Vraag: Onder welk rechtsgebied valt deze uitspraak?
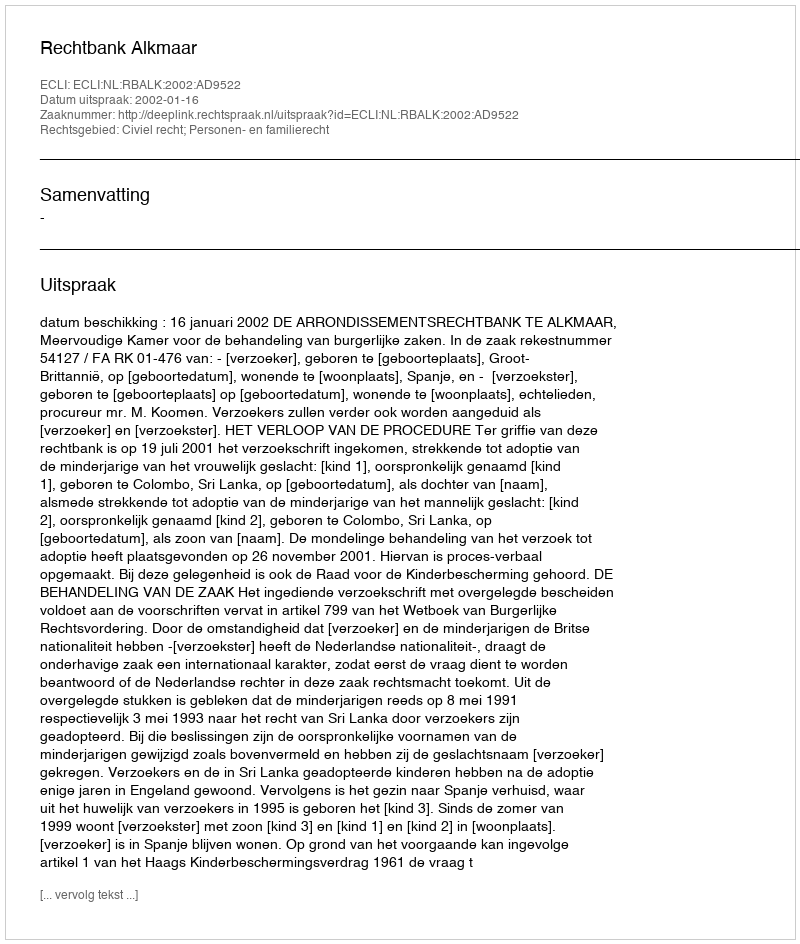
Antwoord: Civiel recht; Personen- en familierecht